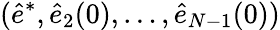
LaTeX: (\hat{e}^{*},\hat{e}_{2}(0),\dots,\hat{e}_{N-1}(0))